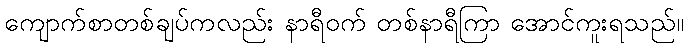
ကျောက်စာတစ်ချပ်ကလည်း နာရီဝက် တစ်နာရီကြာ အောင်ကူးရသည်။